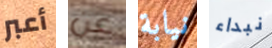
أعبر عن نيابة نبداء